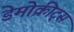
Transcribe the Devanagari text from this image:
डेमोक्रीट्स